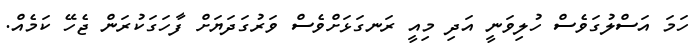
ހަމަ އަސްލުގަވެސް ހުލިވަނީ އަދި މިއީ ރަނގަޅަށްވެސް ވަރުގަދަޔަށް ފާހަގަކުރަން ޖެހޭ ކަމެއް.